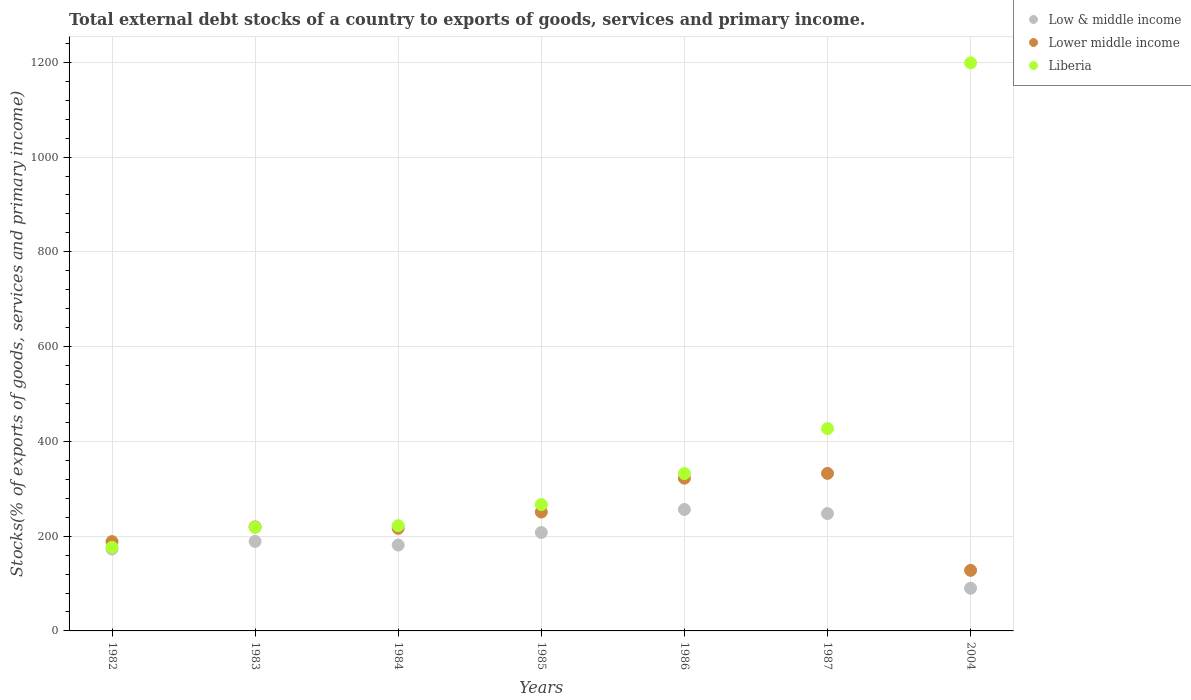
| Years | Low & middle income | Lower middle income | Liberia |
 | --- | --- | --- | --- |
 | 1982 | 173 | 188 | 176 |
 | 1983 | 189 | 220 | 218 |
 | 1984 | 181 | 217 | 222 |
 | 1985 | 208 | 251 | 267 |
 | 1986 | 256 | 322 | 332 |
 | 1987 | 248 | 332 | 427 |
 | 2004 | 90 | 128 | 1.2e+03 |